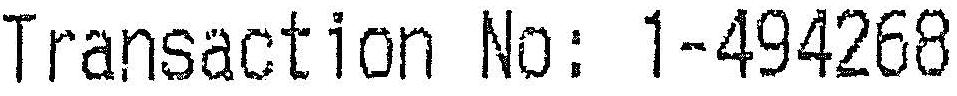
TRANSACTION NO: 1-494268